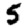
Digit: 5